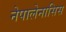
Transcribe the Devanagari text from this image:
नेपालेनासिस